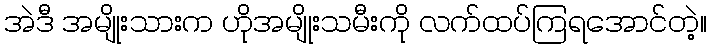
အဲဒီ အမျိုးသားက ဟိုအမျိုးသမီးကို လက်ထပ်ကြရအောင်တဲ့။